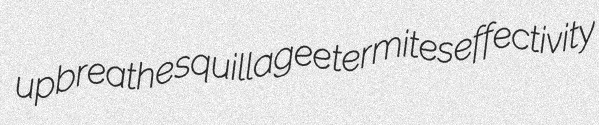
upbreathe squillagee termites effectivity